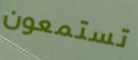
تستمعون